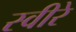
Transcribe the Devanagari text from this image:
स्वीरे